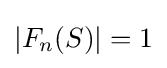
|F_{n}(S)|=1